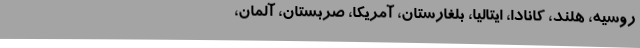
روسیه، هلند، کانادا، ایتالیا، بلغارستان، آمریکا، صربستان، آلمان،